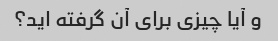
و آیا چیزی برای آن گرفته اید؟